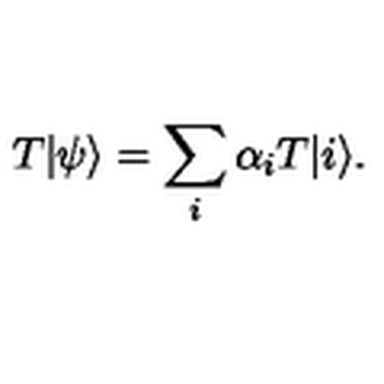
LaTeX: T | \psi \rangle = \sum _ { i } \alpha _ { i } T | i \rangle .